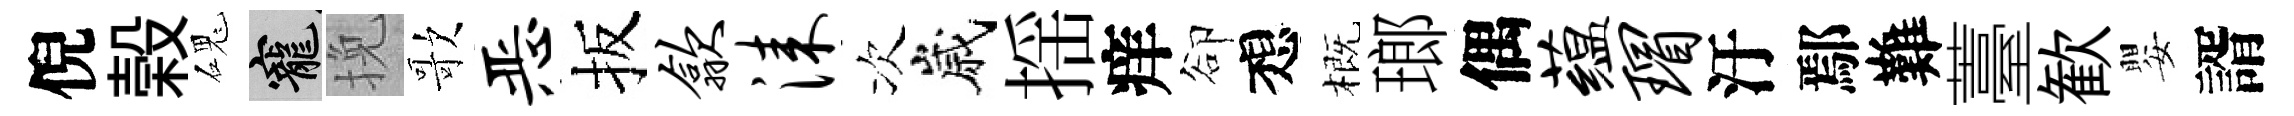
倪榖磈寵挽歌恶扳歙漆次嵗揺痒卻想概瑯偶蕴瑁汙鄢難薹歓嬰諝